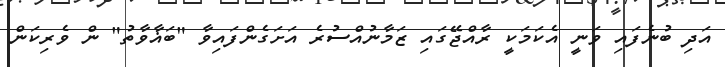
އަދި ބުނެފައި ވަނީ އެކަމަކީ ރާއްޖޭގައި ޒަމާނުއްސުރެ އަށަގެންފައިވާ "ބަޣާވާތު" ން ވެރިކަން